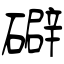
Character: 礔